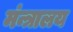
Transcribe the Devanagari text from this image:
मंन्त्रालय